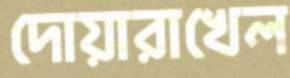
দোয়ারাখেল